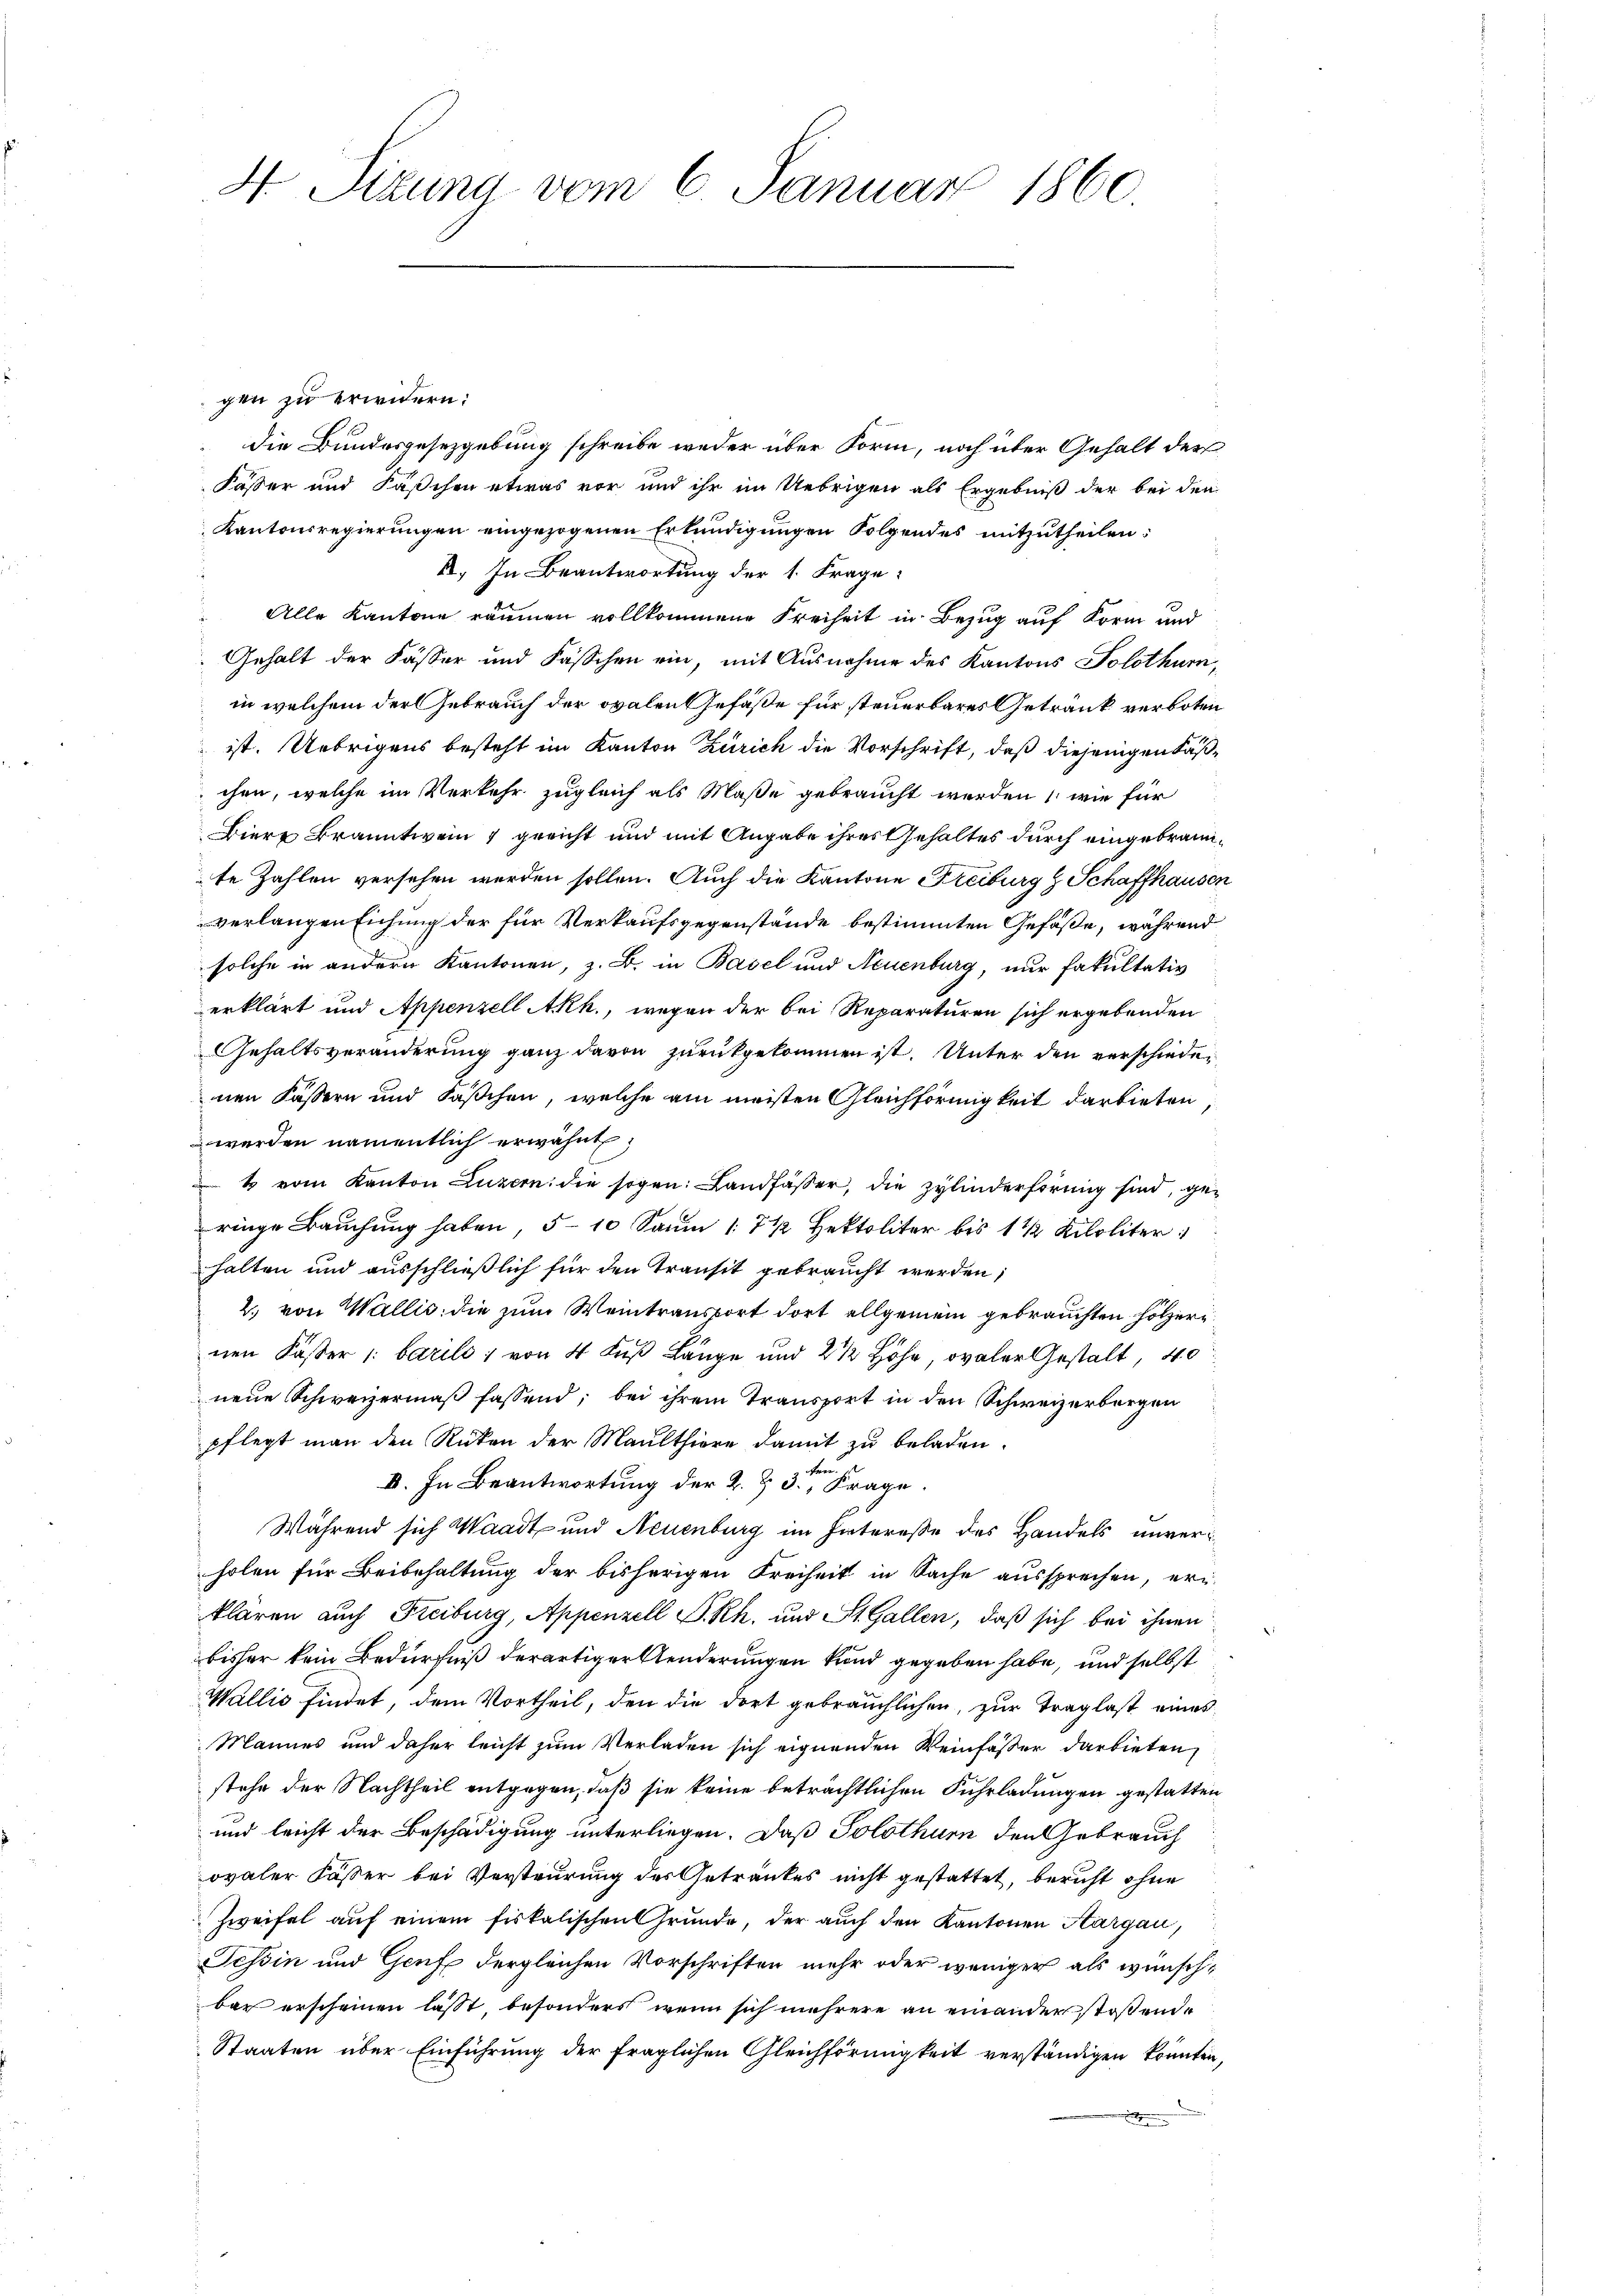
4 Sizung vom 6. Januar 1860.

gen zu erwidern:
die Bundesgesezgebung schreibe weder über Form, noch über Gehalt der
Kasser und Fäschen etwas vor und ihr im Uebrigen als Ergebniß der bei den
Kantonsregierungen eingezogenen Erkundigungen Folgendes mitzutheilen:
B. In Beantwortung der 1. Frage
Alle Kantone räumen vollkommene Freiheit in Bezug auf Form und
Gehalt der Fässer und Fässchen ein, mit Ausnahme des Kantons Solothurn,
in welchem der Gebrauch der ovalen Gefäße für steuerbares Getränk verboten
ist. Uebrigens besteht im Kanton Zürich die Vorschrift, daß diejenigen Faschen, welche im Verkehr zugleich als Maße gebraucht werden, wie für
Biere Branntwein 7 gericht und mit Angabe ihres Gehaltes durch eingebraute Zahlen versehen werden sollen. Auch die Kantone Freiburg & Schaffhausen
verlangen Eichung der für Verkaufsgegenstände bestimmten Gefäße, während
solche in andern Kantonen, z. B. in Basel und Neuenburg, nur Fakultativ
erklärt und Appenzell Akk., wegen der bei Reparaturen sich ergebenden
Gehaltsveränderung ganz davon zurückgekommen ist. Unter den verschiedenen Fassern und Fäschen, welche am meisten Gleichförmigkeit darbieten
werden namentlich erwähnt,
 & vom Kanton Luzern: die sogen: Landfässer, die zylinderförmig sind, geringe Bauchung haben, 5-10 Saum 1 7 1/2 Hektoliter bis 1 ½ Kiloliter:
halten und ausschließlich für den Transit gebraucht werden;
2. von Wallis, die zum Weintransport dort allgemein gebrauchten Hölzern
nen Käster /: barile; von 4 Fuß Länge und 2 1/2 Höhe, ovaler Gestalt, 40
neue Schweizermaß fassend; bei ihrem Transport in den Schweizerborgen
pflegt man den Rücken der Maulthiere damit zu beladen.
II. In Beantwortung der K. Z. 3ter Frage.
Während sich Waadt und Neuenburg im Interesse des Handels unverholen für Beibehaltung der bisherigen Freiheit in Sache aussprechen, ern
klaren auch Freiburg, Appenzell P.-Rh. und St. Gallen, daß sich bei ihnen
bisher kein Bedürfniß derartiger Aenderungen kund gegeben habe, und selbst
Wallis findet, dem Vortheil, den die dort gebräuchlichen, zur Traglast eines
Mannes und daher leicht zum Verladen sich eignenden Weinfasser darbieten,
stehe der Nachtheil entgegen, daß sie keine beträchtlichen Fuhrladungen gestatten
und leicht der Beschädigung unterliegen. Daß Solothurn den Gebrauch
ovaler Fässer bei Versteurung des Getränkes nicht gestattet, beruht ohne
Zweifel auf einem fiskalischen Grunde, der auch den Kantonen Aargau,
Tessin und Genf dergleichen Vorschriften mehr oder weniger als wünschbar erscheinen lasst, besonders, wenn sich mehrere an einander stoßende
Staaten über Einführung der fraglichen Gleichförmigkeit verständigen könnten